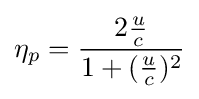
\eta _{p}={\frac {2{\frac {u}{c}}}{1+({\frac {u}{c}})^{2}}}